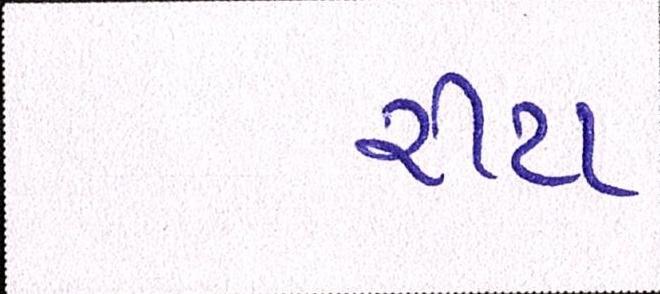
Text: રીટા